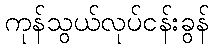
ကုန်သွယ်လုပ်ငန်းခွန်